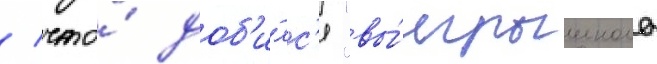
/ что́ доб'и́лс'я "вы́игрышного